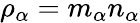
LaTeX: \rho_{\alpha}=m_{\alpha}n_{\alpha}